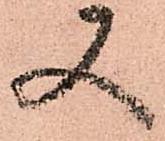
又